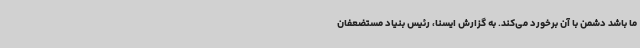
ما باشد دشمن با آن برخورد می‌کند. به گزارش ایسنا، رئیس بنیاد مستضعفان